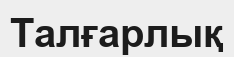
Талғарлық